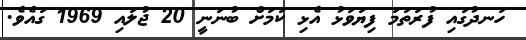
ހަނދުގައި ފުރަތަމަ ފިޔަވަޅު އެޅި ކަމަށް ބުނަނީ 20 ޖުލައި 1969 ގައެވެ.